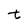
Character: t